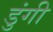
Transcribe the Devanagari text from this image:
डुंगी